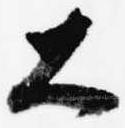
大